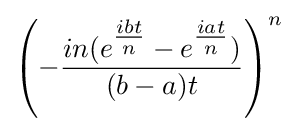
\left(-{\frac {in(e^{\tfrac {ibt}{n}}-e^{\tfrac {iat}{n}})}{(b-a)t}}\right)^{n}